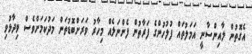
އެގޮތުން ލާއިންސާނީ އަމަލުތައް ފުލުހުންގެ ފަރާތުން ފެންނަލެއް މިހާރު ވަރަށްބޮޑުތަން މަދުކަމަށްވެސް ވިދާޅުވި